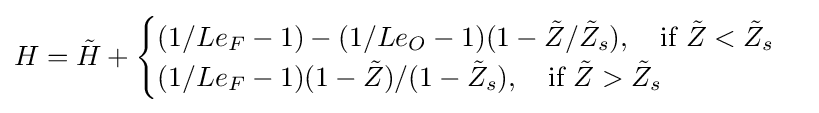
H={\tilde {H}}+{\begin{cases}(1/Le_{F}-1)-(1/Le_{O}-1)(1-{\tilde {Z}}/{\tilde {Z}}_{s}),\quad {\text{if}}\,\,{\tilde {Z}}<{\tilde {Z}}_{s}\\(1/Le_{F}-1)(1-{\tilde {Z}})/(1-{\tilde {Z}}_{s}),\quad {\text{if}}\,\,{\tilde {Z}}>{\tilde {Z}}_{s}\end{cases}}